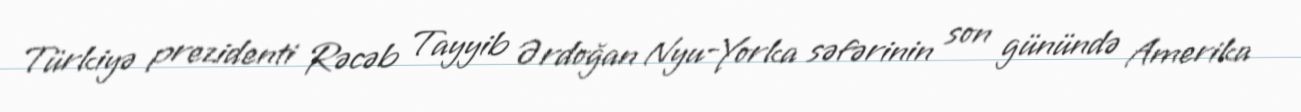
Türkiyə prezidenti Rəcəb Tayyib Ərdoğan Nyu-Yorka səfərinin son günündə Amerika